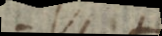
e